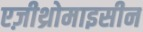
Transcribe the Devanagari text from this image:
एज़ीथ्रोमाइसीन